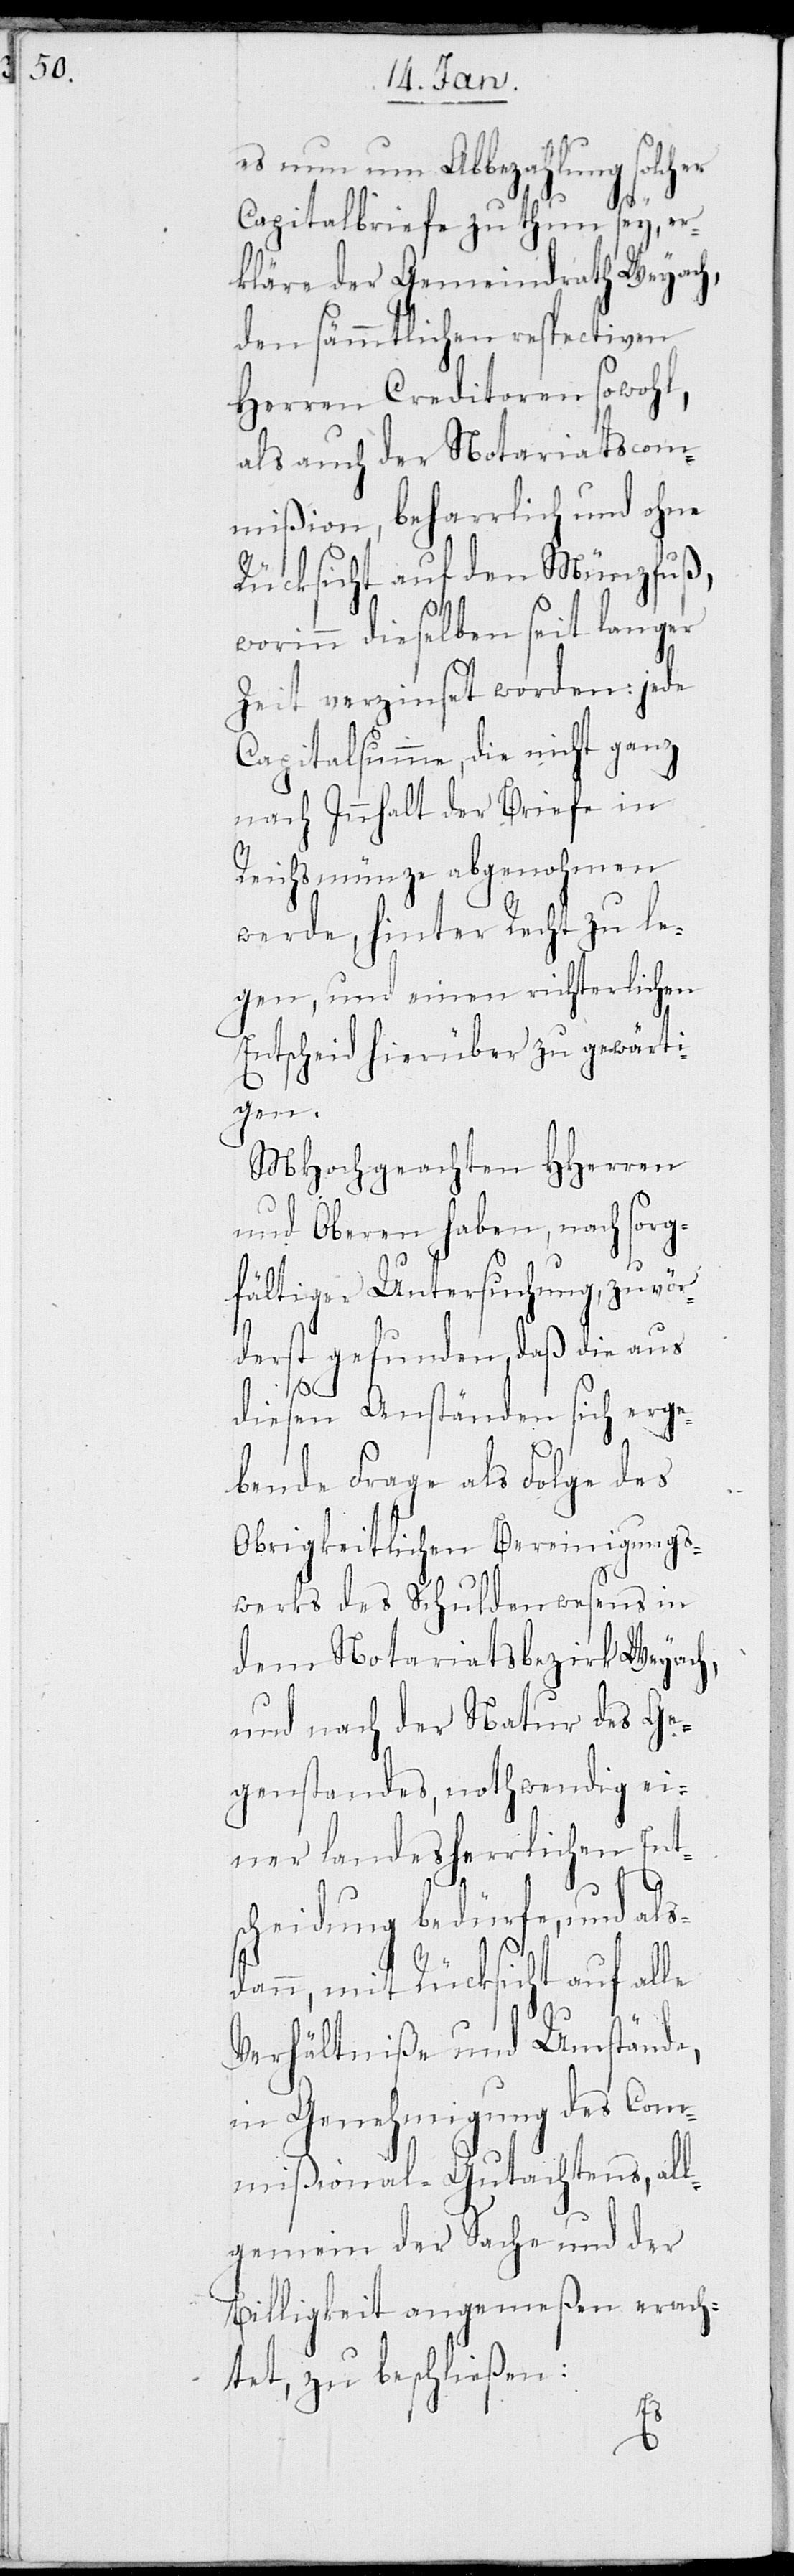
es nun um Abbezahlung solcher
Capitalbriefe zu thun sey, er¬
kläre der Gemeindrath Weyach,
den sämmtlichen respectiven
Herren Creditoren sowohl,
als auch der Notariatscom¬
mißion, beharrlich und ohne
Rücksicht auf den Münzfuß,
worin dieselben seit langer
Zeit verzinset worden: jede
Capitalsumme, die nicht ganz
nach Innhalt der Briefe in
Reichsmünze abgenohmen
werde, hinter Recht zu le¬
gen, und einen richterlichen
Entscheid hierüber zu gewärti¬
gen.
MHochgeachten HHerren
und Oberen haben, nach sorg¬
fältiger Untersuchung, zuvör¬
derst gefunden, daß die aus
diesen Anständen sich erge¬
bende Frage als Folge des
Obrigkeitlichen Bereinigungs¬
werks des Schuldenwesens in
dem Notariatsbezirk Weyach,
und nach der Natur des Ge¬
genstandes, nothwendig ei¬
ner landesherrlichen Ents¬
cheidung bedürfe, und als¬
dann, mit Rücksicht auf alle
Verhältniße und Umstände,
in Genehmigung des Com¬
mißional-Gutachtens, all¬
gemein der Sache und der
Billigkeit angemeßen erach¬
tet, zu beschließen: